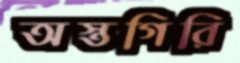
অস্তগিরি